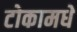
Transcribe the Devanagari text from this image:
टोकामधे